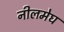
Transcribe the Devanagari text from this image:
नीलमेघ